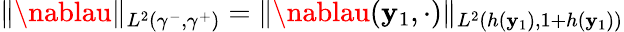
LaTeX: \| \nablau\| _{L^{2}(\gamma^{-},\gamma^{+})}=\| \nablau(\mathbf{y}_{1},\cdot)\| _{L^{2}(h(\mathbf{y}_{1}),1+h(\mathbf{y}_{1}))}